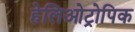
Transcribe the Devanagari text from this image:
हेलिओट्रोपिक